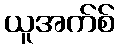
ယူအက်စ်